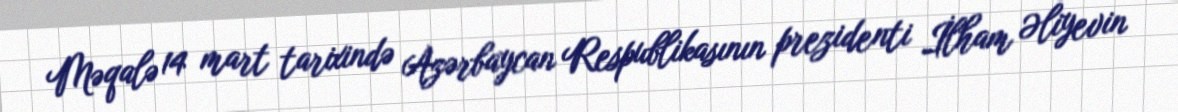
Məqalə 14 mart tarixində Azərbaycan Respublikasının prezidenti İlham Əliyevin